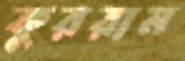
কুররাম